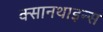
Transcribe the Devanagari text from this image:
क्सानथाइन्स